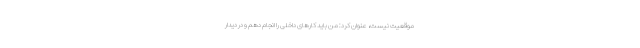
موقعیت نیست، عنوان کرد: من باید کارهای داخلی را انجام دهم و در دیدار